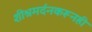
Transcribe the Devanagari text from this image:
शीश्नमर्दनकरूनही